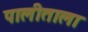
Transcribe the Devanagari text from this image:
पालीताला